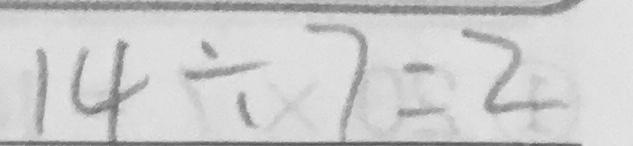
1 4 \div 7 = 2